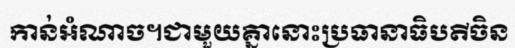
កាន់អំណាច។ជាមួយគ្នានោះប្រធានាធិបតីចិន